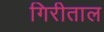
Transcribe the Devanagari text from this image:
गिरीताल